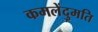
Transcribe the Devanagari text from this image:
कमलेंदुमति